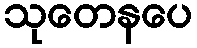
သုတေနပေ